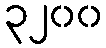
၃၂၀၀